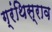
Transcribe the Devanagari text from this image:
ग्रंथिस्राव